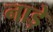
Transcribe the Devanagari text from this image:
नाड़े